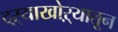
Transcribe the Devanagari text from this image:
दऱ्याखोऱ्यातून